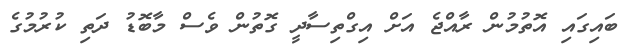
ބައިގައި އޮތުމުން ރާއްޖެ އަށް އިގްތިސާދީ ގޮތުން ވެސް މާބޮޑު ދަތި ކުރުމުގެ